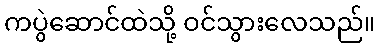
ကပွဲဆောင်ထဲသို့ ဝင်သွားလေသည်။